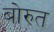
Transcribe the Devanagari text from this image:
बोरुत